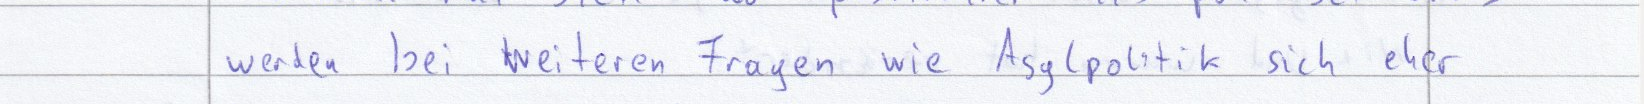
werden bei weiteren Fragen wie Asylpolitik sich eher